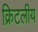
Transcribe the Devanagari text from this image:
क्रिटलीय